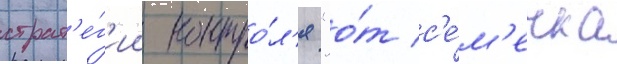
страт'е́г'ии контро́л'я "о́т с'е́м'ечка